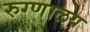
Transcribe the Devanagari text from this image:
रुग्‍णालय